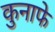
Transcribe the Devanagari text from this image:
कुनाफे